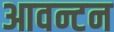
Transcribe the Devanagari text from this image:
आवन्टन